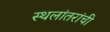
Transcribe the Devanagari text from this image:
स्थलांतरांची